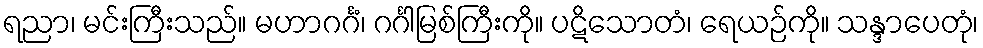
ရညာ၊ မင်းကြီးသည်။ မဟာဂင်္ဂံ၊ ဂင်္ဂါမြစ်ကြီးကို။ ပဋိသောတံ၊ ရေယဉ်ကို။ သန္ဒာပေတုံ၊